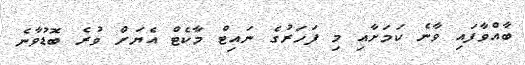
ބާއްވާފައި ވާނެ ކަމަށާއި މި ފަހަރުގެ ނައިޓް މާކެޓް އެޔަށް ވުރެ ބޮޑުވާނެ